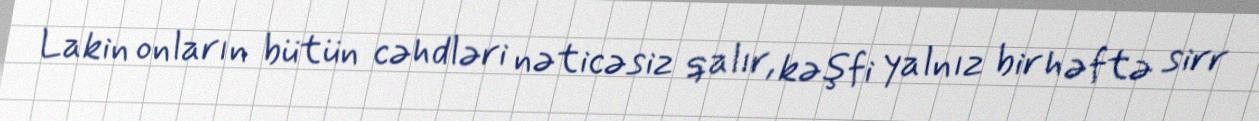
Lakin onların bütün cəhdləri nəticəsiz qalır, kəşfi yalnız bir həftə sirr